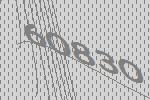
60830